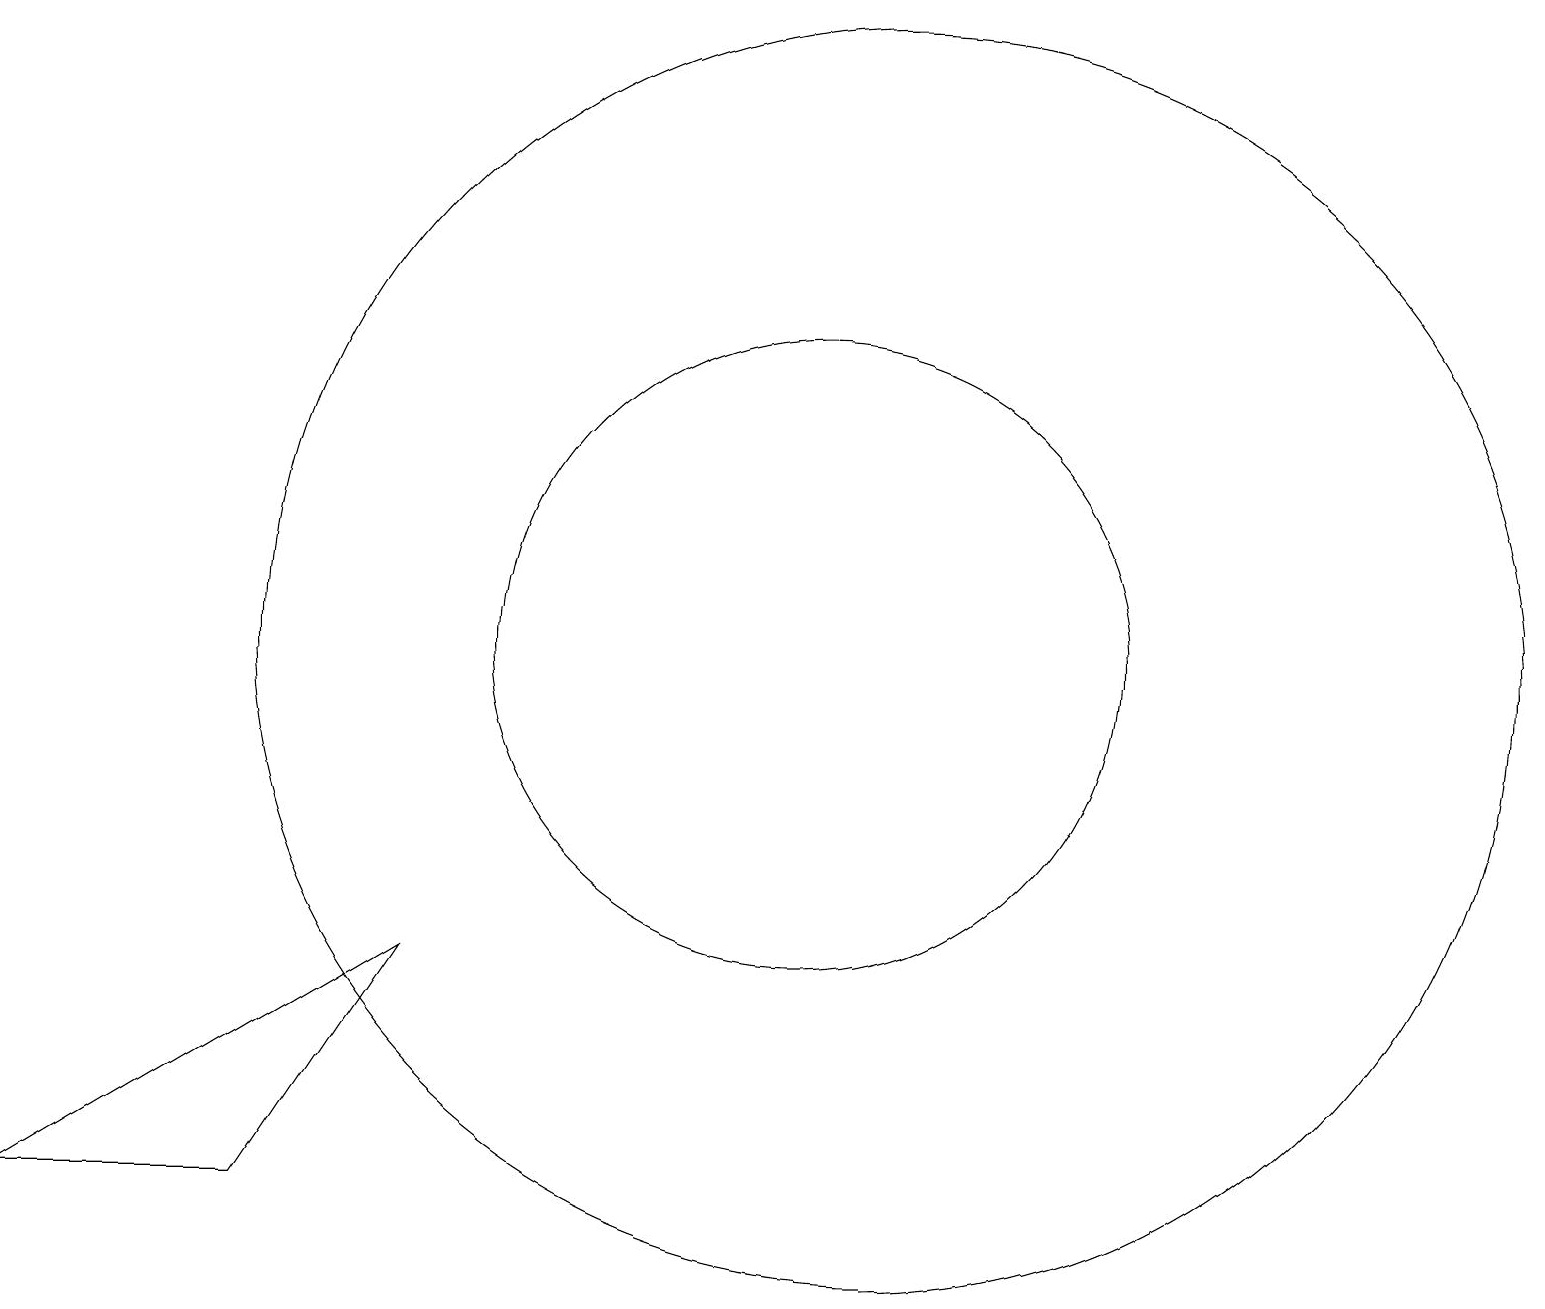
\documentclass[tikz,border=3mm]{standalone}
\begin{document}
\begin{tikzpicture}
\draw (11,11) circle (4);
\draw (1,4) -- (4,4) -- (6,7) -- cycle;
\draw (12,11) circle (8);
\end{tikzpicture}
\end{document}